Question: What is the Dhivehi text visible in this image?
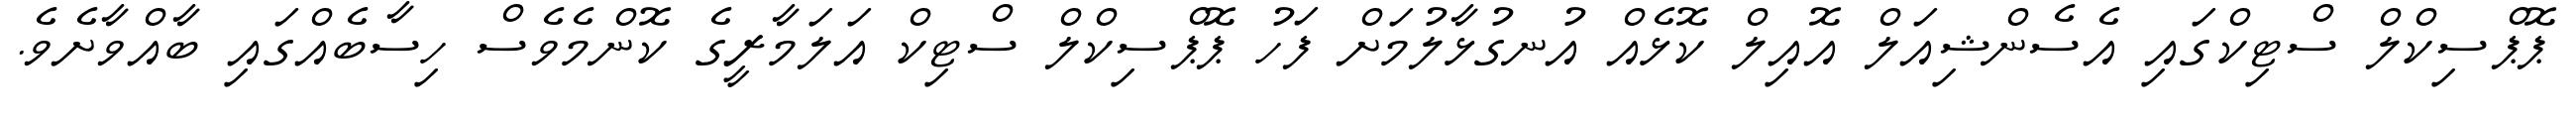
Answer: ޕޮޕްސިކްލް ސްޓިކްގައި އެސެންޝިއަލް އޮއިލް ކޮޅެއް އުނގުޅާލުމަށް ފަހު ޕޮޕްސިކްލް ސްޓިކް އަލަމާރީގެ ކޮންމެވެސް ހިސާބެއްގައި ބާއްވާށެވެ.